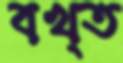
বখ্ত